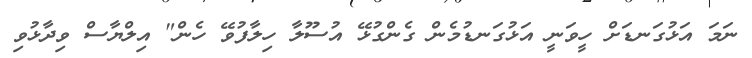
ނަމަ އަޅުގަނޑަށް ހީވަނީ އަޅުގަނޑުމެން ގެންގުޅޭ އުސޫލާ ހިލާފުވޭ ހެން" އިލްޔާސް ވިދާޅުވި